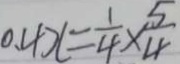
0 . 4 x = \frac { 1 } { 4 } \times \frac { 5 } { 4 }